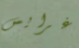
غرايس